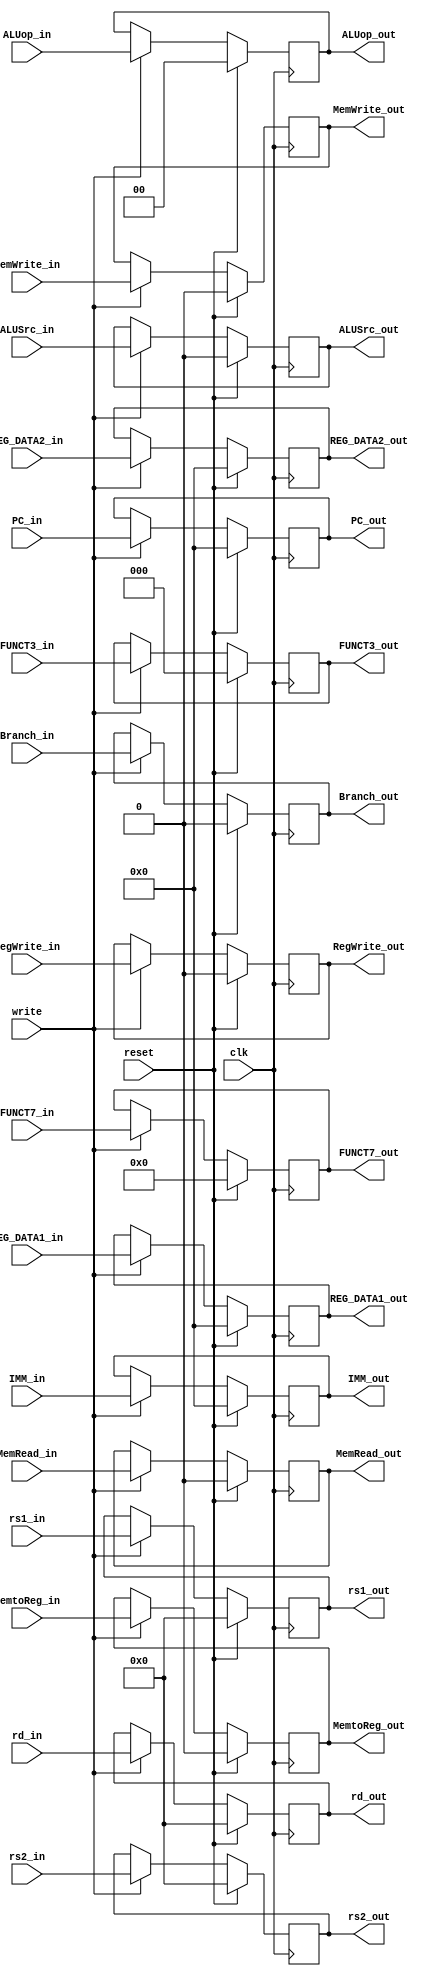
module id_ex_pipe(
    input clk, write, reset,
    input Branch_in, MemRead_in, MemtoReg_in, MemWrite_in, RegWrite_in, ALUSrc_in,
    input [1:0] ALUop_in,
    input [2:0] FUNCT3_in,
    input [6:0] FUNCT7_in,
    input [4:0] rd_in, rs1_in, rs2_in,
    input [31:0] PC_in, IMM_in, REG_DATA1_in, REG_DATA2_in,
    
    output reg Branch_out, MemRead_out, MemtoReg_out, MemWrite_out, RegWrite_out, ALUSrc_out,
    output reg [1:0] ALUop_out,
    output reg [2:0] FUNCT3_out,
    output reg [6:0] FUNCT7_out,
    output reg [4:0] rd_out, rs1_out, rs2_out,
    output reg [31:0] PC_out, IMM_out, REG_DATA1_out, REG_DATA2_out
    );

always@(posedge clk) begin
    if (reset) begin
        Branch_out <= 0;
        MemRead_out <= 0;
        MemtoReg_out <= 0;
        MemWrite_out <= 0;
        RegWrite_out <= 0;
        MemtoReg_out <= 0;
        ALUSrc_out <= 0;
        ALUop_out <= 0;
        FUNCT3_out <= 3'b0;
        FUNCT7_out <= 7'b0;
        rd_out <= 5'b0;
        rs1_out <= 5'b0;
        rs2_out <= 5'b0;
        PC_out <= 32'b0;
        IMM_out <= 32'b0;
        REG_DATA1_out <= 32'b0;
        REG_DATA2_out <= 32'b0;
    end
    else begin
        if(write) begin
            Branch_out <= Branch_in;
            MemRead_out <= MemRead_in;
            MemtoReg_out <= MemtoReg_in;
            MemWrite_out <= MemWrite_in;
            RegWrite_out <= RegWrite_in;
            MemtoReg_out <= MemtoReg_in;
            ALUop_out <= ALUop_in;
            ALUSrc_out <= ALUSrc_in;
            FUNCT3_out <= FUNCT3_in;
            FUNCT7_out <= FUNCT7_in;
            rd_out <= rd_in;
            rs1_out <= rs1_in;
            rs2_out <= rs2_in;
            PC_out <= PC_in;
            IMM_out = IMM_in;
            REG_DATA1_out = REG_DATA1_in;
            REG_DATA2_out = REG_DATA2_in;
        end
    end
end

endmodule